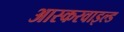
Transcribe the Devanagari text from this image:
आस्करवाइल्ड